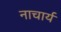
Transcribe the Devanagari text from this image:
नाचार्य